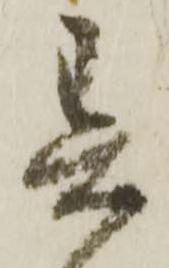
異